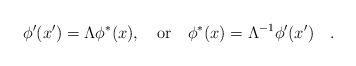
LaTeX: \begin{align*}\phi^\prime (x^\prime) = \Lambda \phi^* (x),\quad \mbox{or}\quad \phi^* (x) =\Lambda^{-1} \phi^\prime (x^\prime)\quad .\end{align*}